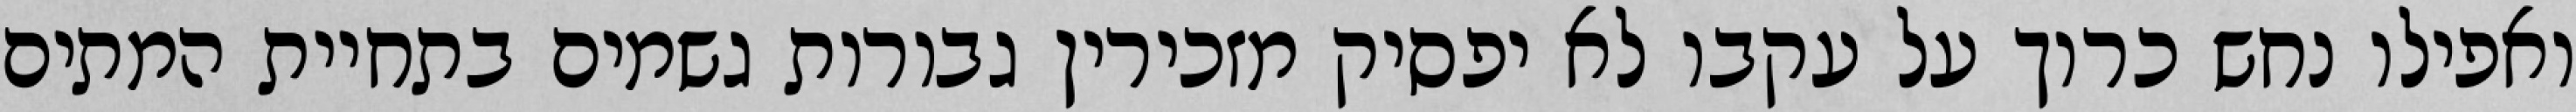
ואפילו נחש כרוך על עקבו לא יפסיק מזכירין גבורות גשמים בתחיית המתים